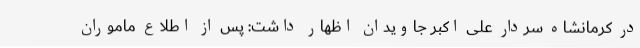
در کرمانشاه سردار علی اکبر جاویدان اظهار داشت: پس از اطلاع ماموران